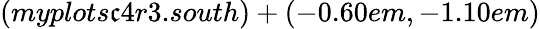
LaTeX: (myplots\mathfrak{c}4r3.south)+(-0.60em,-1.10em)